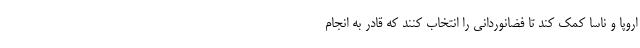
اروپا و ناسا کمک کند تا فضانوردانی را انتخاب کنند که قادر به انجام